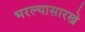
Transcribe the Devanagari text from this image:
भरल्यासारखे